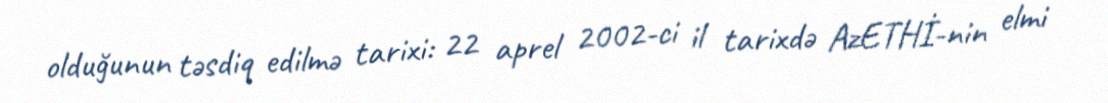
olduğunun təsdiq edilmə tarixi: 22 aprel 2002-ci il tarixdə AzETHİ-nin elmi